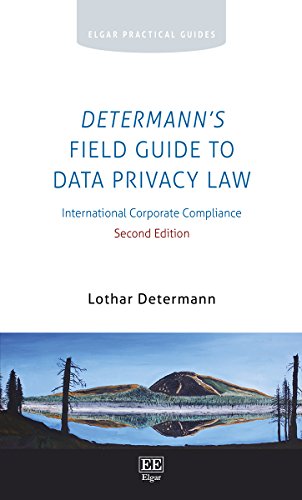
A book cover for Determann's Field Guide to Data Privacy Law: International Corporate Compliance (Elgar Practical Guides); Lothar Determann; Computers & Technology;